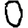
Digit: 0